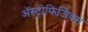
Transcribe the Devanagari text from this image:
ॲस्ट्रोफिजिक्स